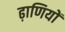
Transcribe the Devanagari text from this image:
ढ़ाणियों